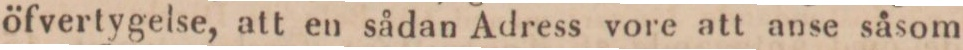
öfvertygelse, att en sådan Adress vore att anse såsom